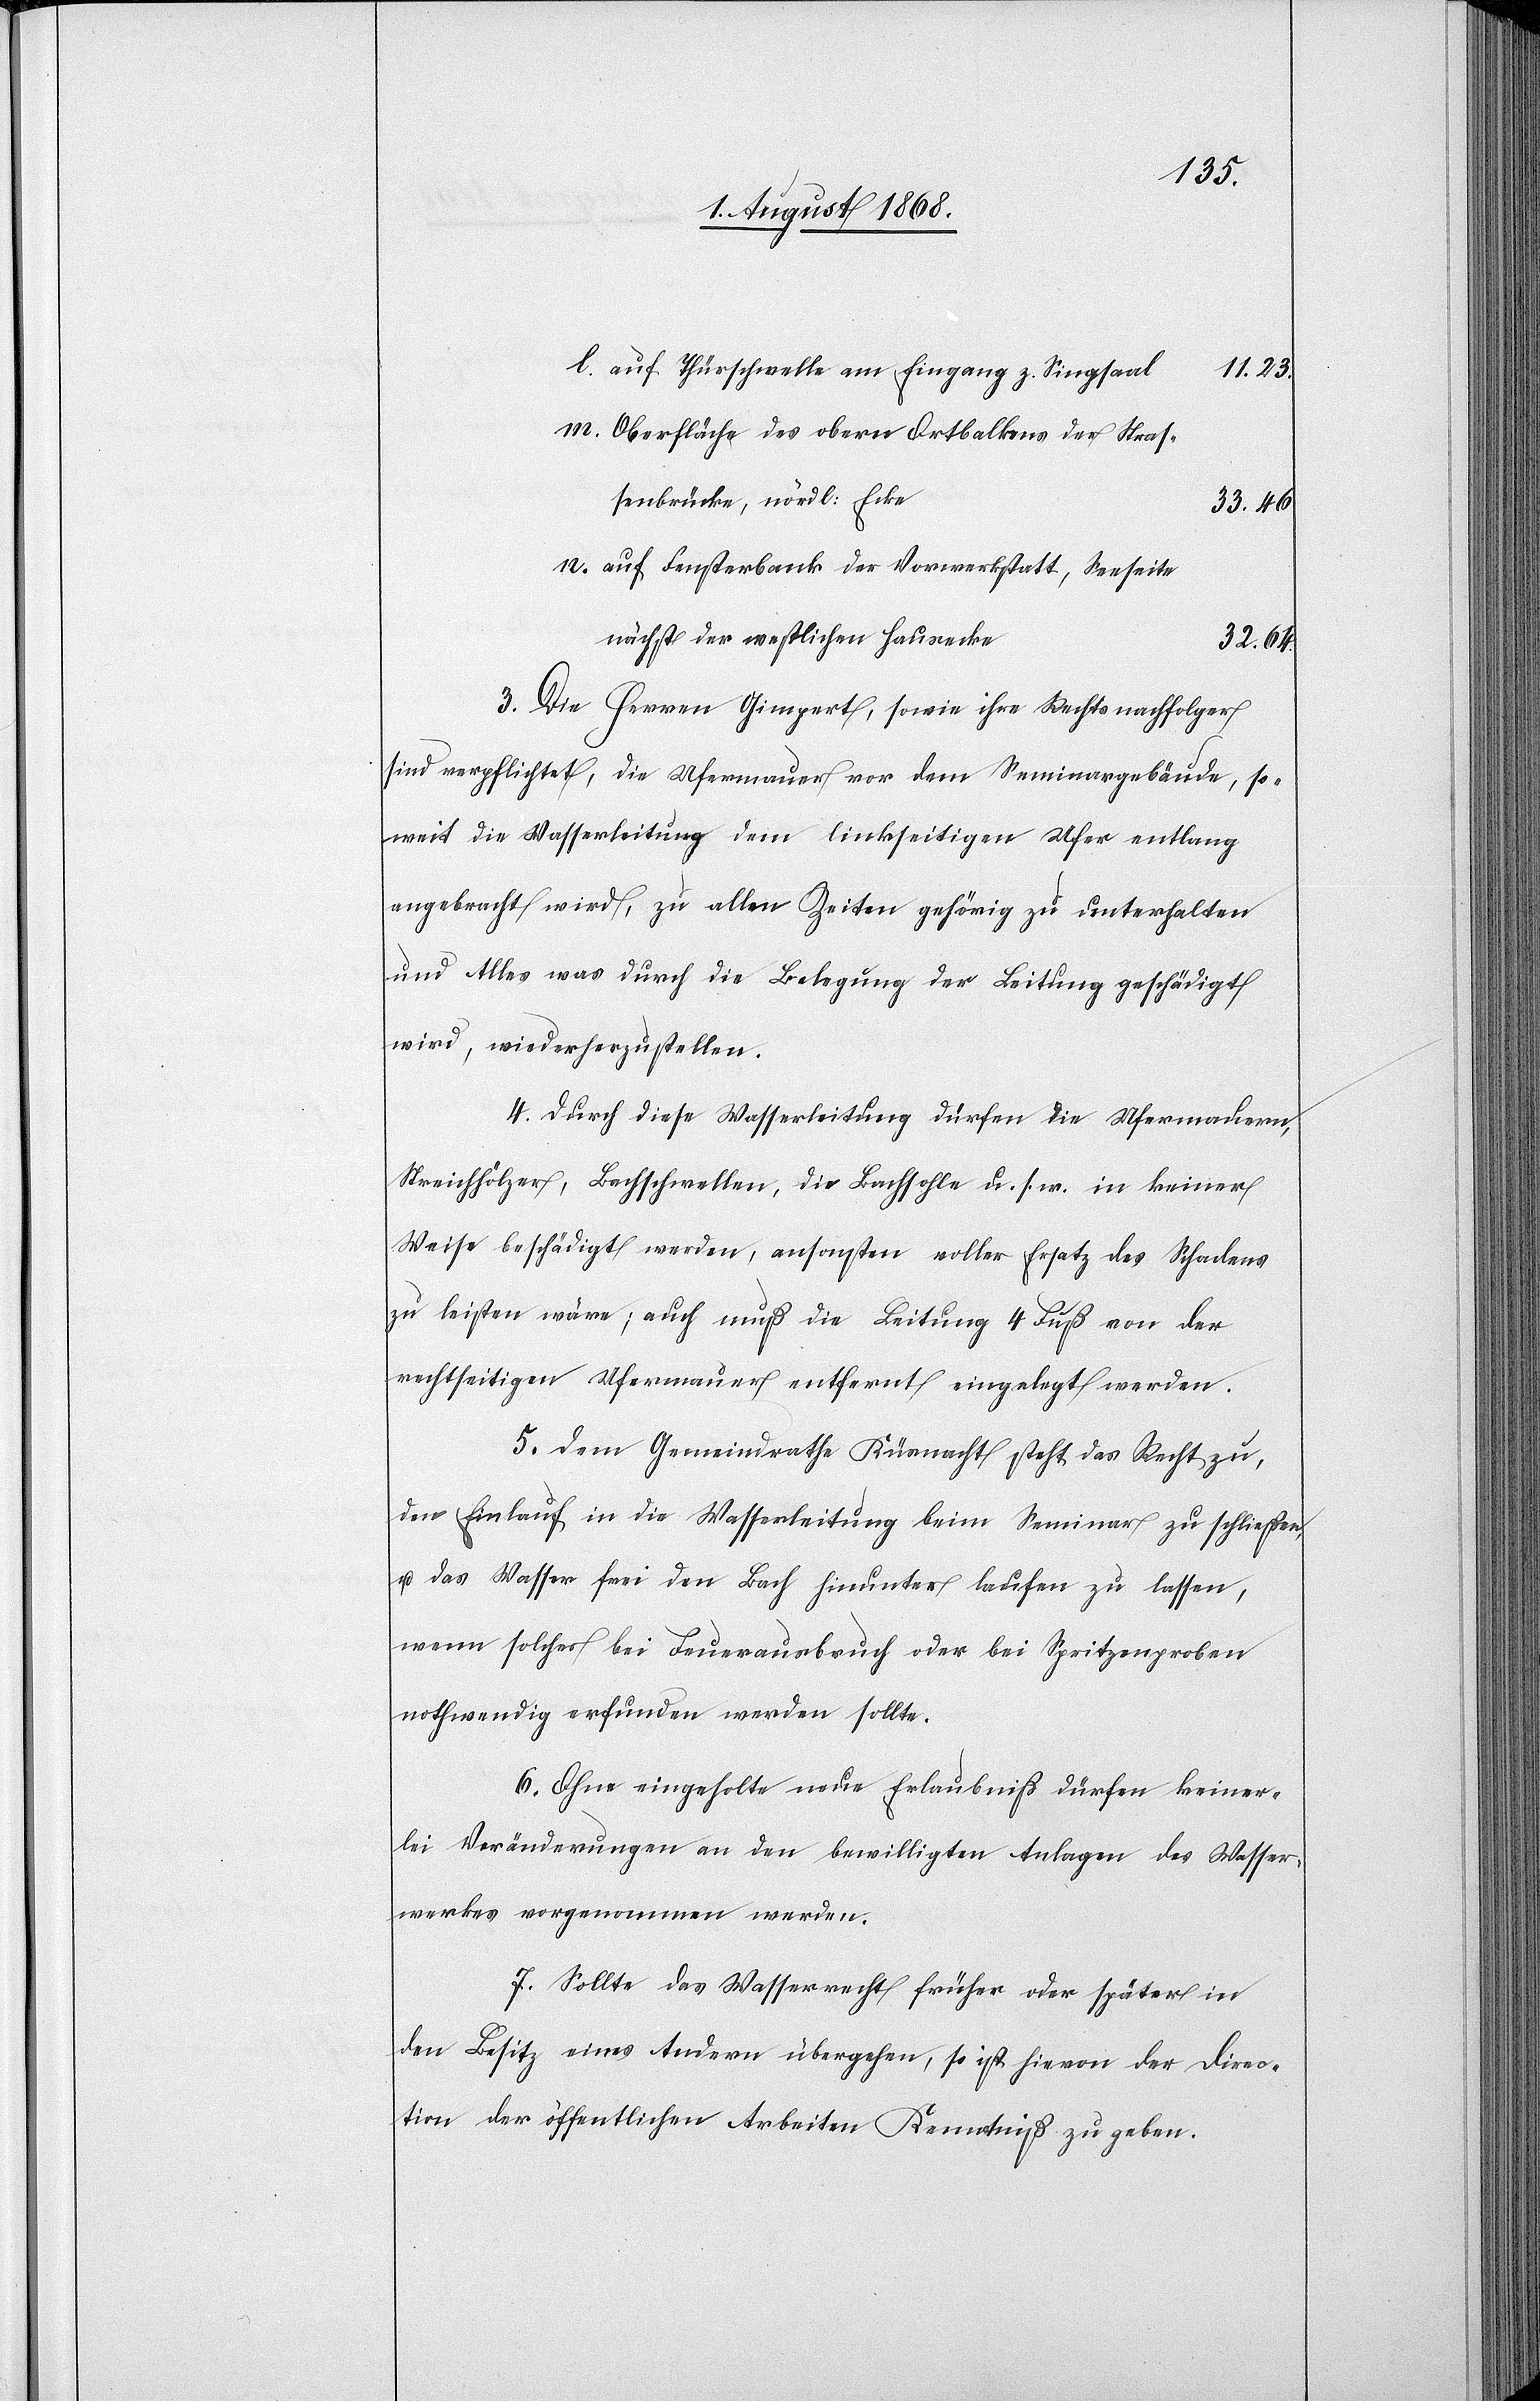
auf Thürschwelle am Eingang z. Singsaal
11.23.
Oberfläche des obern Ortbalkens der Stras¬
senbrücke, nördl: Ecke
33.46
auf Fensterbank der Vorwerkstatt, Seeseite
nächst der westlichen Hausecke
32.64.
3. Die Herren Gimpert, sowie ihre Rechtsnachfolger
sind verpflichtet, die Ufermauer vor dem Seminargebäude, so¬
weit die Wasserleitung dem linkseitigen Ufer entlang
angebracht wird, zu allen Zeiten gehörig zu unterhalten
und Alles was durch die Belegung der Leitung geschädigt
wird, wiederherzustellen.
4. Durch diese Wasserleitung dürfen die Ufermauern,
Streichhölzer, Bachschwellen, die Bachsohle u. s. w. in keiner
Weise beschädigt werden, ansonsten voller Ersatz des Schadens
zu leisten wäre; auch muß die Leitung 4 Fuß von der
rechtseitigen Ufermauer entfernt eingelegt werden.
5. Dem Gemeindrathe Küsnacht steht das Recht zu,
den Einlauf in die Wasserleitung beim Seminar zu schließen,
u. das Wasser frei den Bach hinunter laufen zu lassen,
wenn solches bei Feuerausbruch oder bei Spritzenproben
nothwendig erfunden werden sollte.
6. Ohne eingeholte neue Erlaubniß dürfen keiner¬
lei Veränderungen an den bewilligten Anlagen des Wasser¬
werkes vorgenommen werden.
7. Sollte das Wasserrecht früher oder später in
den Besitz eines Andern übergehen, so ist hievon der Direc¬
tion der öffentlichen Arbeiten Kenntniß zu geben.